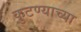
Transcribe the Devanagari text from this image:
कुटण्याच्या